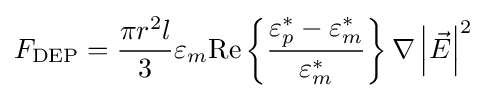
F_{\mathrm {DEP} }={\frac {\pi r^{2}l}{3}}\varepsilon _{m}{\textrm {Re}}\left\{{\frac {\varepsilon _{p}^{*}-\varepsilon _{m}^{*}}{\varepsilon _{m}^{*}}}\right\}\nabla \left|{\vec {E}}\right|^{2}